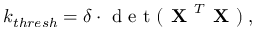
k _ { t h r e s h } = \delta \cdot \mathrm { ~ d ~ e ~ t ~ } ( \textbf { X } ^ { T } \textbf { X } ) \: ,